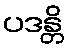
ပဒန္တိ